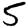
Digit: 5